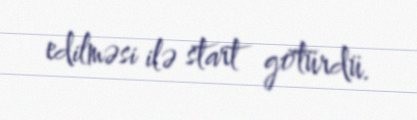
edilməsi ilə start götürdü.